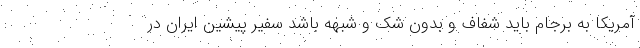
آمریکا به برجام باید شفاف و بدون شک و شبهه باشد سفیر پیشین ایران در